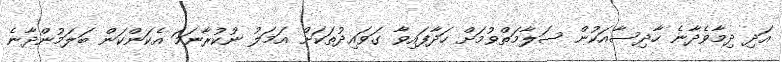
އަދި ދިމާވެދާނެ ހާދިސާއަކުން ސަލާމަތްވުމަށް ހަދާފައިވާ ގަވައިދުތަކަށް އަމަލު ނުކުރާނަމަ އެކަންކަން ބަލަމުންދާނެ